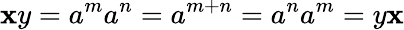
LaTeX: \mathbf{x}y=a^{m}a^{n}=a^{m+n}=a^{n}a^{m}=y\mathbf{x}